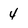
Character: 4